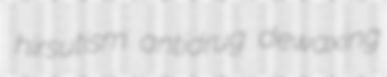
hirsutism antidrug dewaxing